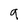
Character: 9